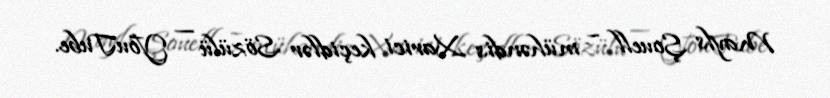
Mayls Şouell – mühəndis Xarici keçidlər Sözülü — YouTube.